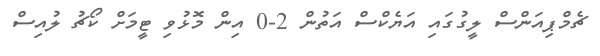
ޗެމްޕިއަންސް ލީގުގައި އަޔެކްސް އަތުން 2-0 އިން މޮޅުވި ޓީމަށް ކޯޗު ލުއިސް